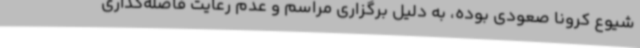
شیوع کرونا صعودی بوده، به دلیل برگزاری مراسم و عدم رعایت فاصله‌گذاری